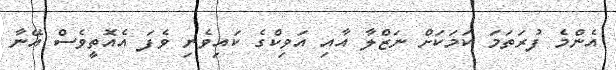
އެންމެ ފުރަތަމަ ކަމަކަށް ނަޒްލާ އާއި އަވިކްގެ ކައިވެނި ވެފަ އެއޮތީވެސް އޭނާ